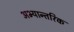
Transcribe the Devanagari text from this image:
अभ्यान्तरिक